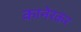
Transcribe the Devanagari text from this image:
कानेरकर